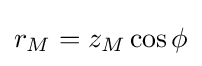
r_{M}=z_{M}\cos \phi